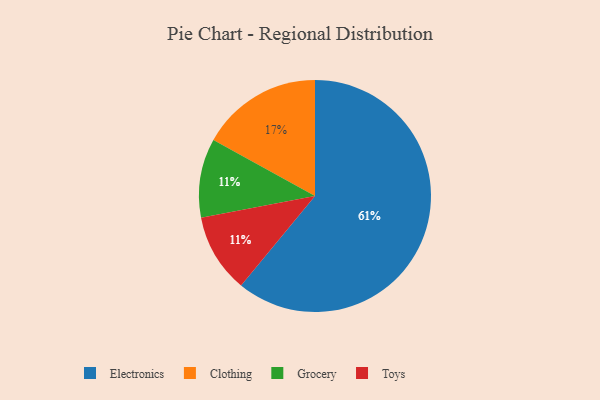
{"axis": {"x": "Category", "y": "Percentage"}, "legend": ["Clothing", "Electronics", "Grocery", "Toys"], "data": [{"x": "Grocery", "y": 11, "type": "Grocery"}, {"x": "Toys", "y": 11, "type": "Toys"}, {"x": "Clothing", "y": 17, "type": "Clothing"}, {"x": "Electronics", "y": 61, "type": "Electronics"}]}